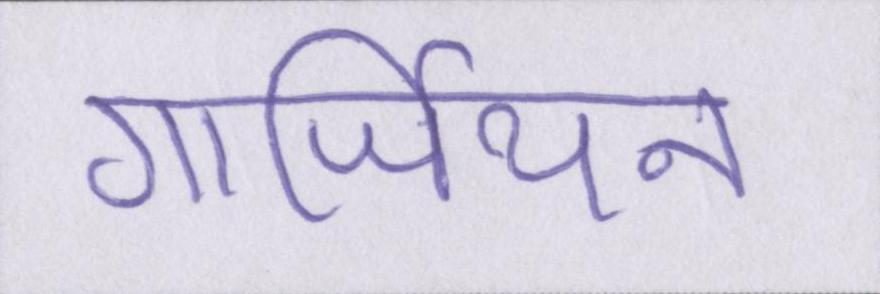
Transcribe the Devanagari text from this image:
गार्जियन